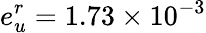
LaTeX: e_{u}^{r}=1.73\times 10^{-3}